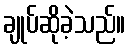
ချုပ်ဆိုခဲ့သည်။